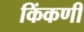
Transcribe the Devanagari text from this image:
किंकणी